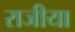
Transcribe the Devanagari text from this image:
राजीया